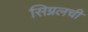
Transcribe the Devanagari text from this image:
सिग्नलची